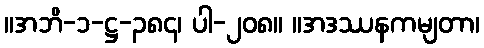
။အဘိ-၁-ဋ္ဌ-၃၈၄၊ ပါ-၂၀၈။ ။အဒဿနကမျတာ၊